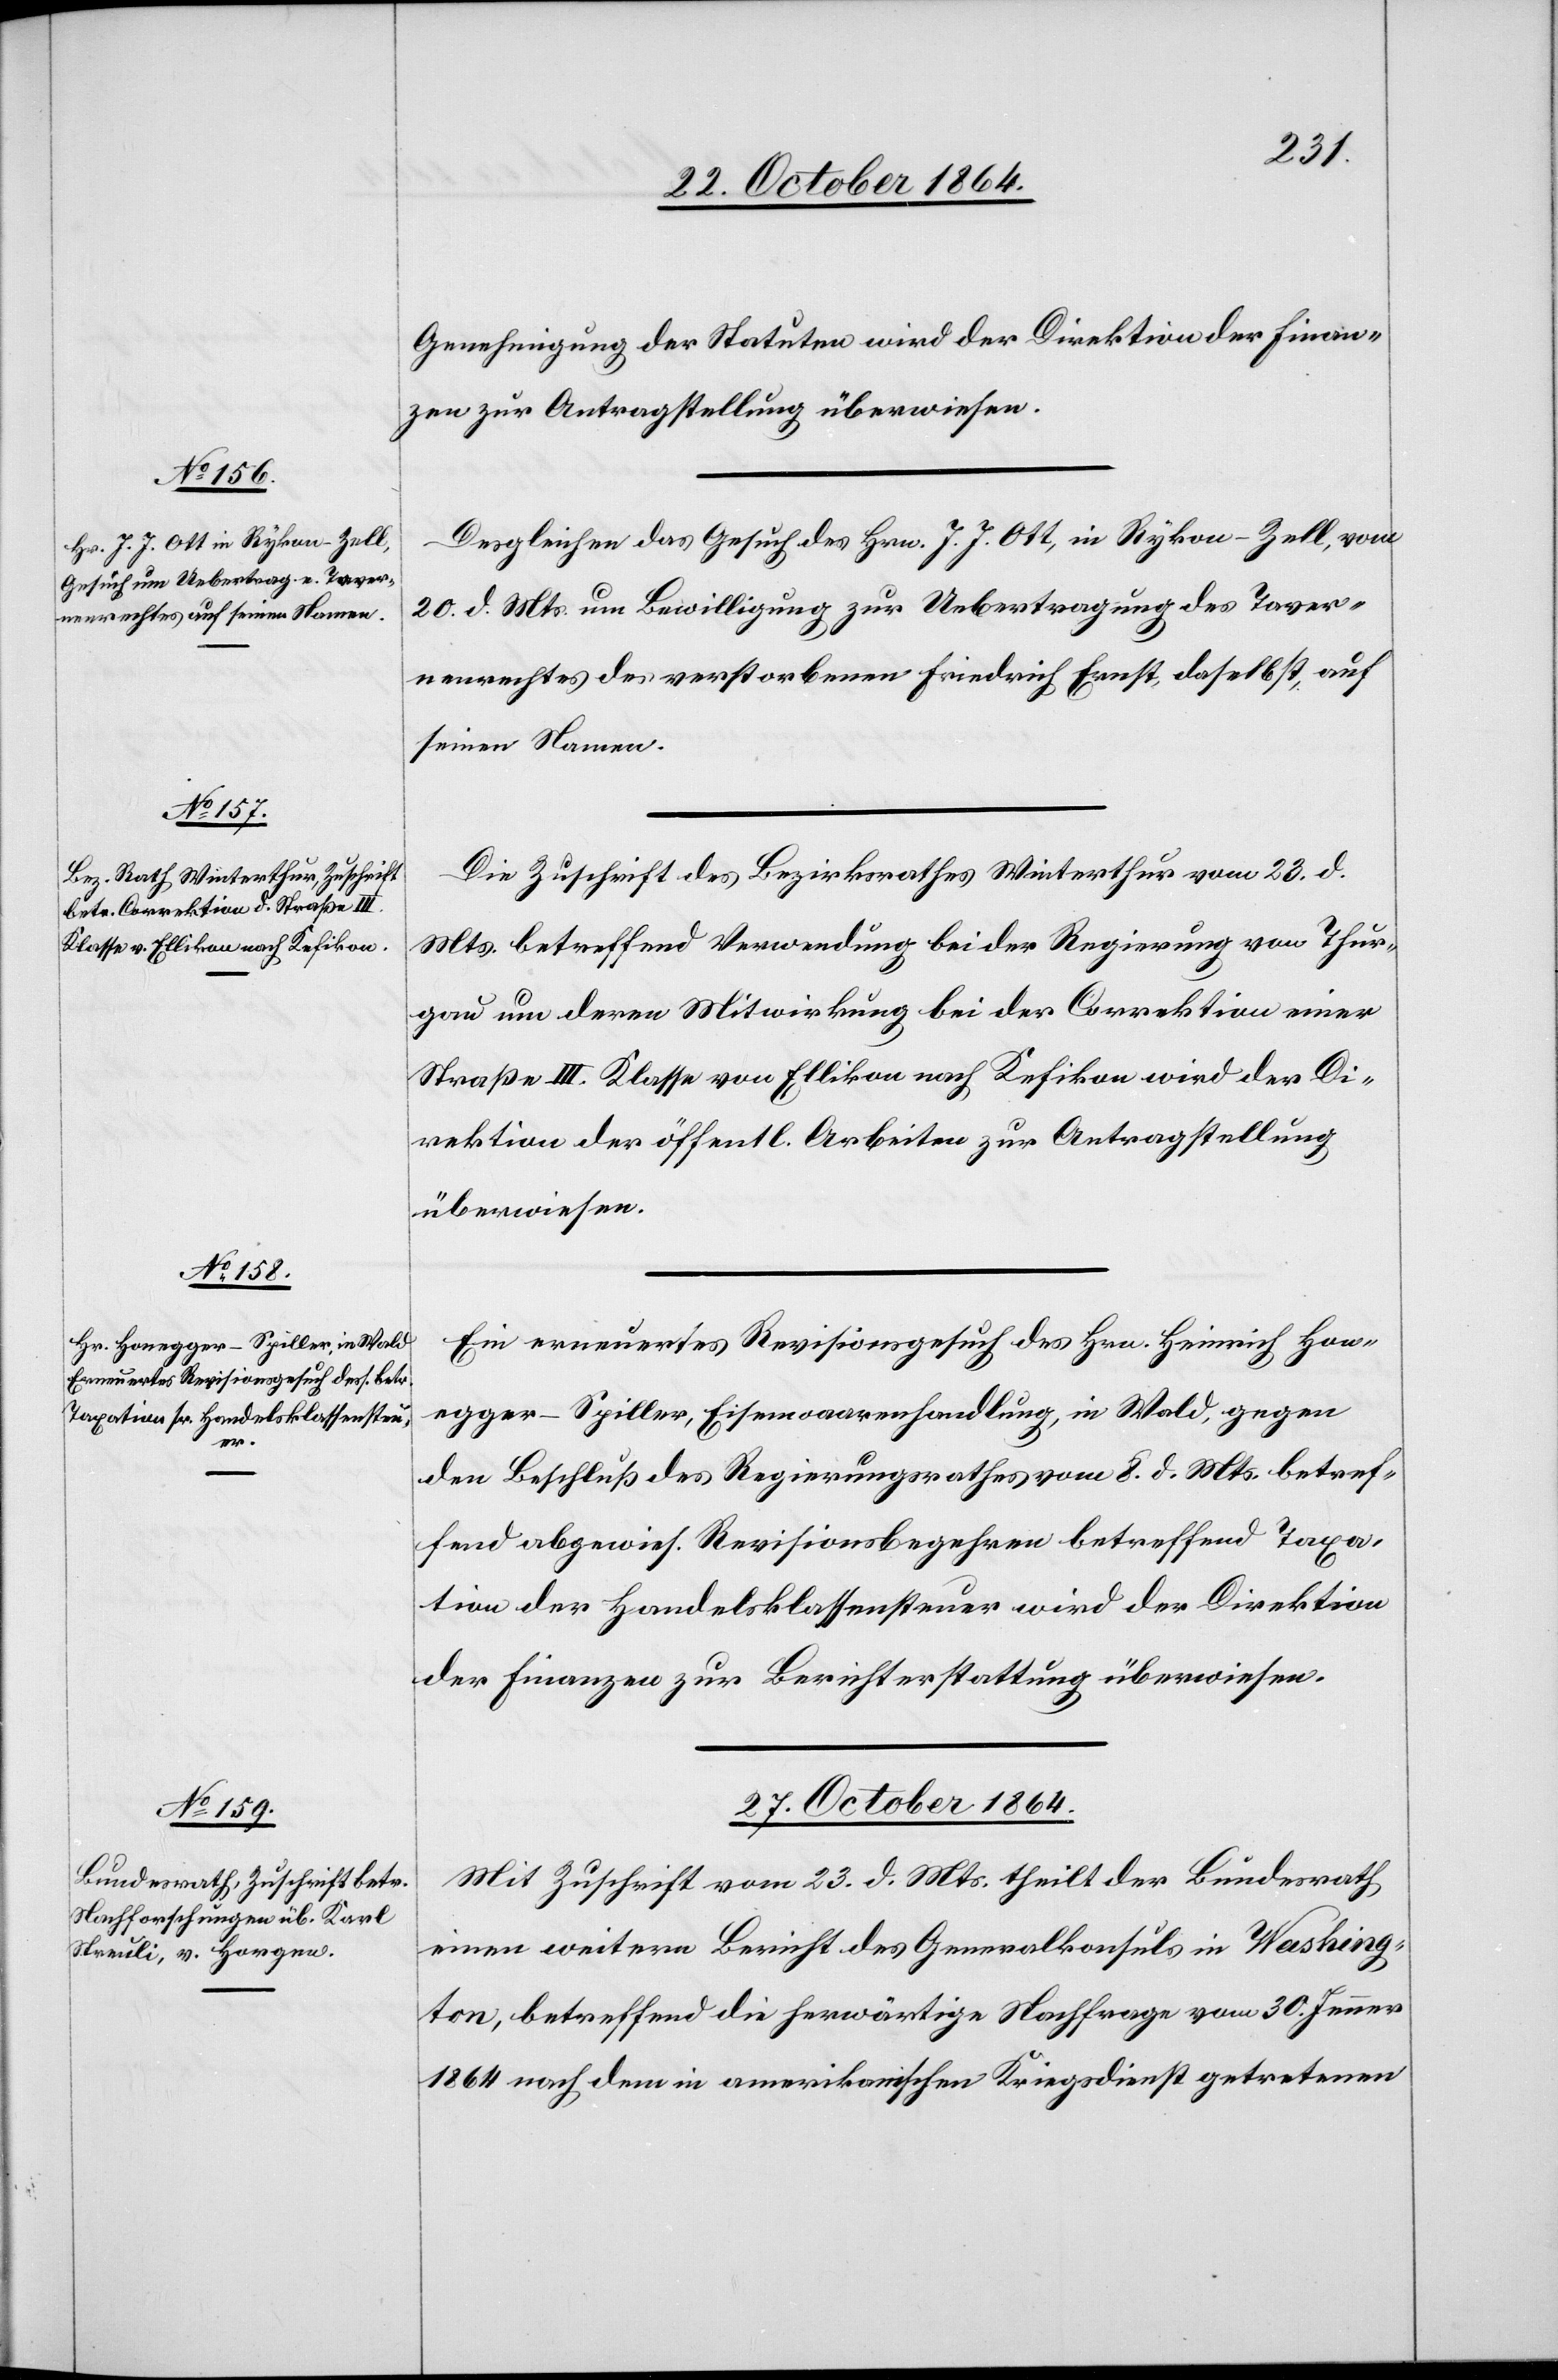
25. October 1864.]
Genehmigung der Statuten wird der Direktion der Finan¬
zen zur Antragstellung überwiesen.
Desgleichen das Gesuch des Hrn. J. J. Ott, in Rykon-Zell, vom
20. d. Mts. um Bewilligung zur Uebertragung des Taver¬
nenrechtes des verstorbenen Friedrich Ernst, daselbst, auf
seinen Namen.
Die Zuschrift des Bezirksrathes Winterthur vom 23. d.
Mts. betreffend Verwendung bei der Regierung von Thur¬
gau um deren Mitwirkung bei der Correktion einer
Straße III. Klasse von Ellikon nach Kefikon wird der Di¬
rektion der öffentl. Arbeiten zur Antragstellung
überwiesen.
Ein erneuertes Revisionsgesuch des Hrn. Heinrich Hon¬
egger-Spiller, Eisenwarenhandlung, in Wald, gegen
den Beschluß des Regierungsrathes vom 8. d. Mts. betref¬
fend abgewies. Revisionsbegehren betreffend Taxa¬
tion der Handelsklassensteuer wird der Direktion
der Finanzen zur Berichterstattung überwiesen.
27. October 1864.
Mit Zuschrift vom 23. d. Mts. theilt der Bundesrath
einen weitern Bericht des Generalkonsuls in Washing¬
ton, betreffend die herwärtige Nachfrage vom 30. Jenner
1864 nach dem in amerikanischen Kriegsdienst getretenen